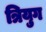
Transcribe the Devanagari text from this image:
त्रियुग